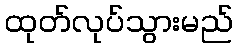
ထုတ်လုပ်သွားမည်